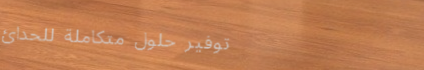
توفير حلول متكاملة للحدائ